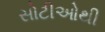
સોટીઓથી